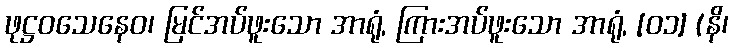
ဖုဋ္ဌဝသေနေဝ၊ မြင်အပ်ဖူးသော အာရုံ, ကြားအပ်ဖူးသော အာရုံ, [၀၁] (နိ၊